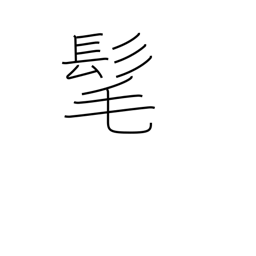
Meaning: long hair